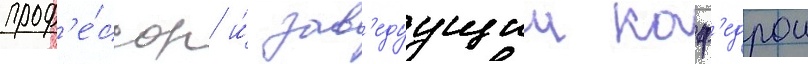
проф'е́ссор и́ зав'едуущии каф'едрои